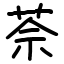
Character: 𦯬